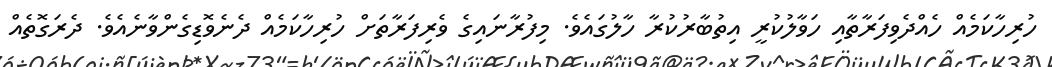
ހުރިހާކަމެއް ހެއްދެވިފަރާތާއި ހަވާލުކުރީ އިތުބާރުކުރާ ހާލުގައެވެ. މިފުރާނައިގެ ވެރިފަރާތަށް ހުރިހާކަމެއް ދެނެވޮޑިގެންވާނެއެވެ. ދެރަގޮތެއް